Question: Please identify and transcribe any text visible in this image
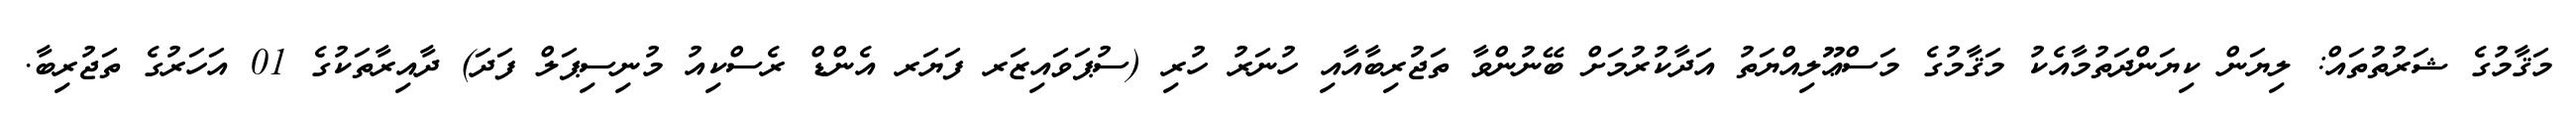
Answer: މަޤާމުގެ ޝަރުތުތައް: ލިޔަން ކިޔަންދަތުމާއެކު މަޤާމުގެ މަސްޢޫލިއްޔަތު އަދާކުރުމަށް ބޭނުންވާ ތަޖުރިބާއާއި ހުނަރު ހުރި (ސުޕަވައިޒަރ ފަޔަރ އެންޑް ރެސްކިއު މުނިސިޕަލް ފަދަ) ދާއިރާތަކުގެ 01 އަހަރުގެ ތަޖުރިބާ.